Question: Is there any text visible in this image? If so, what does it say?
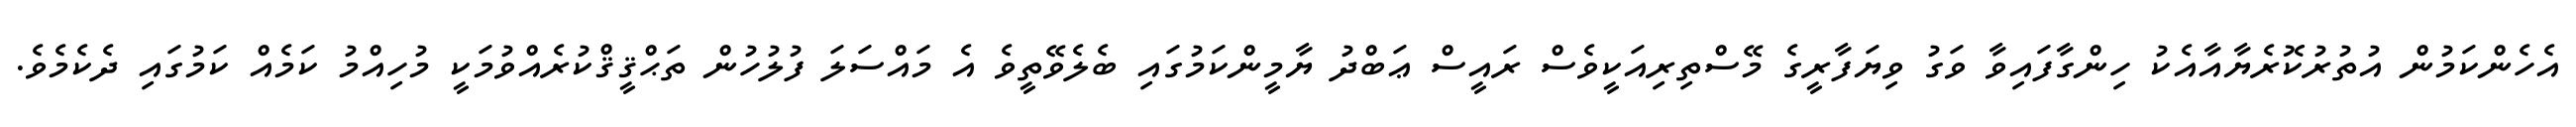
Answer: އެހެންކަމުން އުތުރުކޮރެޔާއާއެކު ހިންގާފައިވާ ވަގު ވިޔަފާރީގެ މޭސްތިރިއަކީވެސް ރައީސް ޢަބްދު ޔާމީންކަމުގައި ބެލެވޭތީވެ އެ މައްސަލަ ފުލުހުން ތަޙްޤީޤްކުރެއްވުމަކީ މުހިއްމު ކަމެއް ކަމުގައި ދެކެމެވެ.